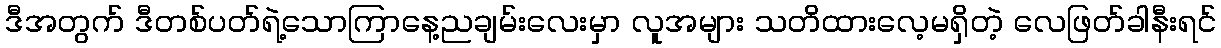
ဒီအတွက် ဒီတစ်ပတ်ရဲ့သောကြာနေ့ညချမ်းလေးမှာ လူအများ သတိထားလေ့မရှိတဲ့ လေဖြတ်ခါနီးရင်